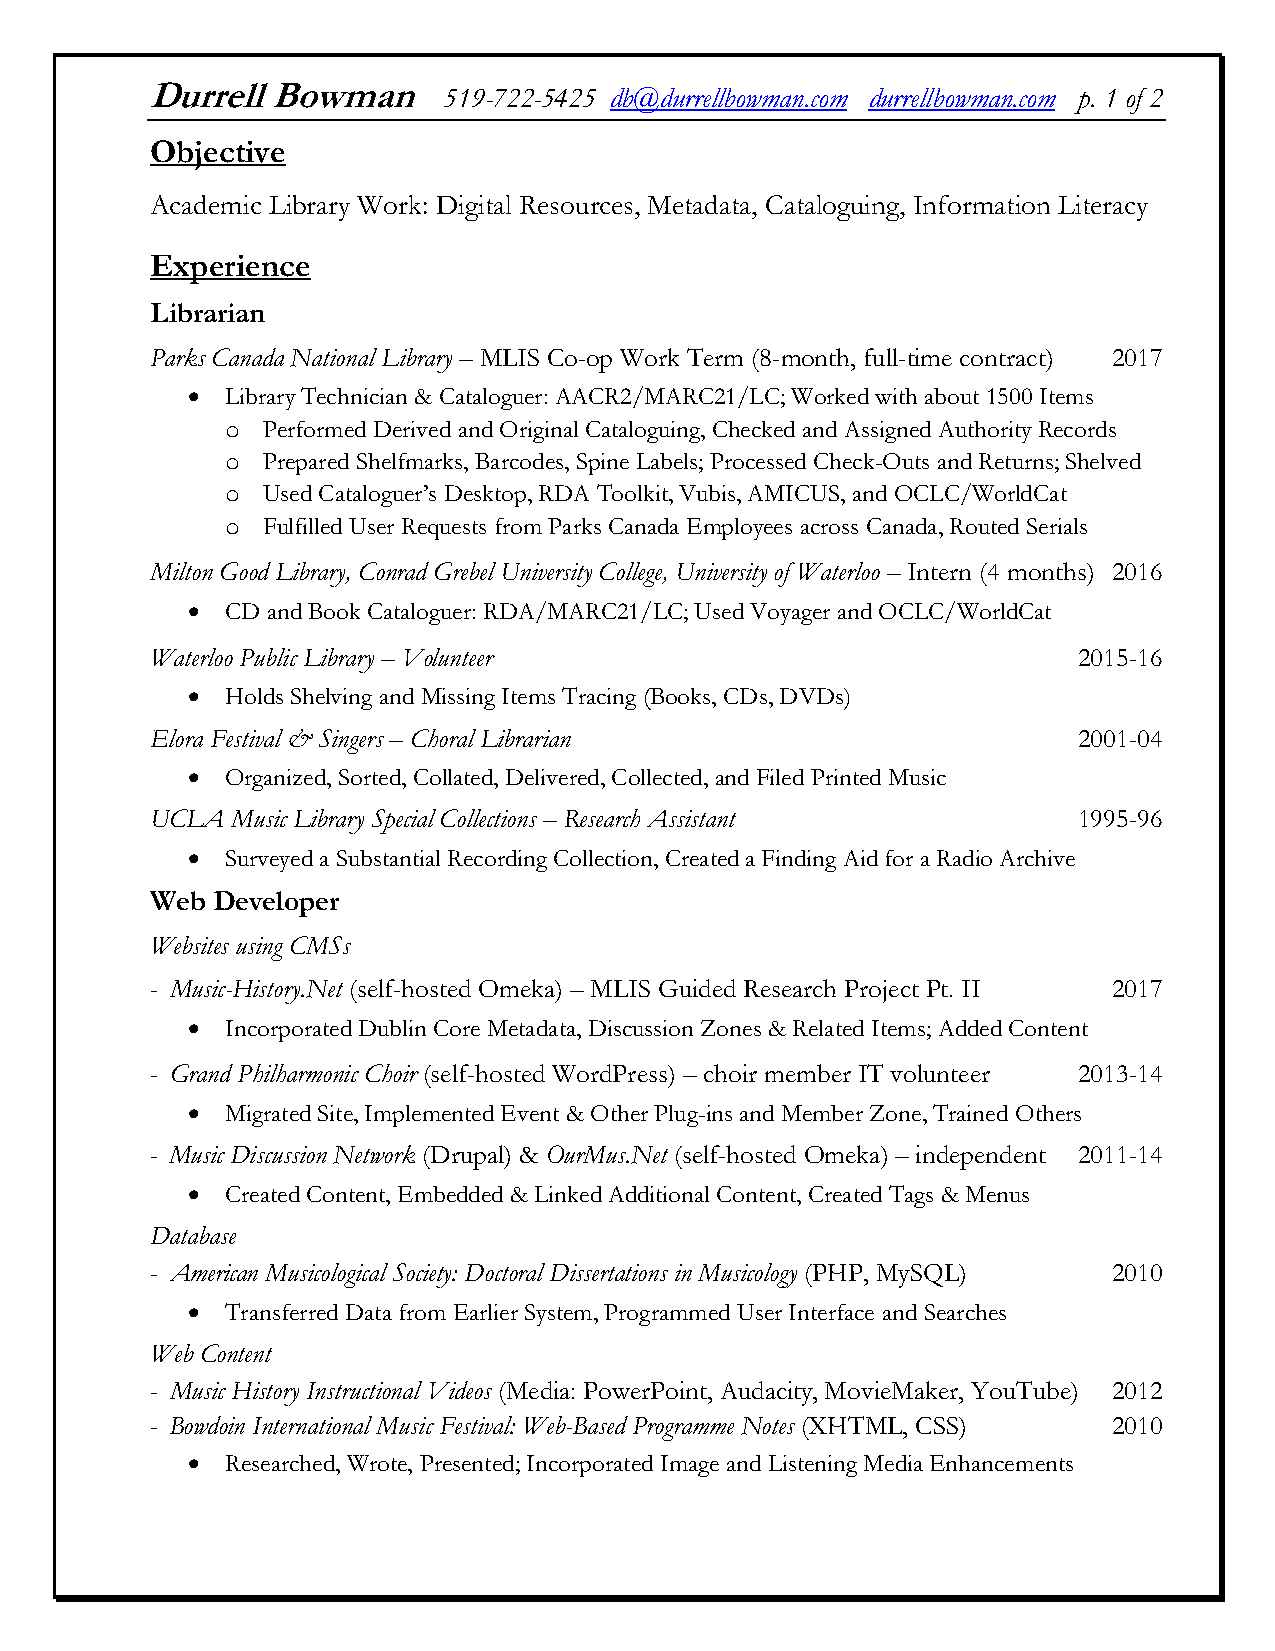
Durrell Bowman     519-722-5425 db@durrellbowman.com durrellbowman.com p. 1 of 2
 Objective
 Academic Library Work: Digital Resources, Metadata, Cataloguing, Information Literacy
 Experience
 Librarian
 Parks Canada National Library – MLIS Co-op Work Term (8-month, full-time contract) 2017
 •  Library Technician & Cataloguer: AACR2/MARC21/LC; Worked with about 1500 Items
 o Performed Derived and Original Cataloguing, Checked and Assigned Authority Records
 o Prepared Shelfmarks, Barcodes, Spine Labels; Processed Check-Outs and Returns; Shelved
 o Used Cataloguer’s Desktop, RDA Toolkit, Vubis, AMICUS, and OCLC/WorldCat
 o Fulfilled User Requests from Parks Canada Employees across Canada, Routed Serials
 Milton Good Library, Conrad Grebel University College, University of Waterloo – Intern (4 months) 2016
 •  CD and Book Cataloguer: RDA/MARC21/LC; Used Voyager and OCLC/WorldCat
 Waterloo Public Library – Volunteer                          2015-16
 •  Holds Shelving and Missing Items Tracing (Books, CDs, DVDs)
 Elora Festival & Singers – Choral Librarian                  2001-04
 •  Organized, Sorted, Collated, Delivered, Collected, and Filed Printed Music
 UCLA Music Library Special Collections – Research Assistant  1995-96
 •  Surveyed a Substantial Recording Collection, Created a Finding Aid for a Radio Archive
 Web Developer
 Websites using CMSs
 - Music-History.Net (self-hosted Omeka) – MLIS Guided Research Project Pt. II 2017
 •  Incorporated Dublin Core Metadata, Discussion Zones & Related Items; Added Content
 - Grand Philharmonic Choir (self-hosted WordPress) – choir member IT volunteer 2013-14
 •  Migrated Site, Implemented Event & Other Plug-ins and Member Zone, Trained Others
 - Music Discussion Network (Drupal) & OurMus.Net (self-hosted Omeka) – independent 2011-14
 •  Created Content, Embedded & Linked Additional Content, Created Tags & Menus
 Database
 - American Musicological Society: Doctoral Dissertations in Musicology (PHP, MySQL) 2010
 •  Transferred Data from Earlier System, Programmed User Interface and Searches
 Web Content
 - Music History Instructional Videos (Media: PowerPoint, Audacity, MovieMaker, YouTube) 2012
 - Bowdoin International Music Festival: Web-Based Programme Notes (XHTML, CSS) 2010
 •  Researched, Wrote, Presented; Incorporated Image and Listening Media Enhancements